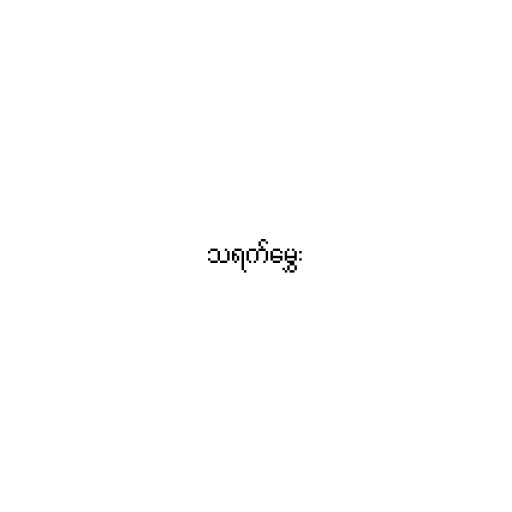
သရက်မွှေး